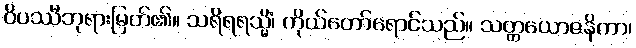
ဝိပဿီဘုရားမြတ်၏။ သရိရရသ္မိံ၊ ကိုယ်တော်ရောင်သည်။ သတ္တယောဇနိကာ၊